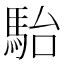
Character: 駘